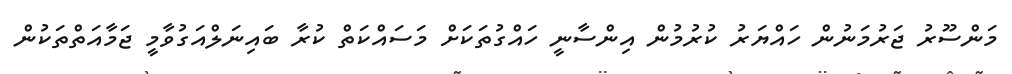
މަންސޫރު ޖަރުމަނުން ހައްޔަރު ކުރުމުން އިންސާނީ ހައްގުތަކަށް މަސައްކަތް ކުރާ ބައިނަލްއަގުވާމީ ޖަމާއަތްތަކުން